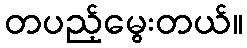
တပည့်မွေးတယ်။